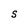
Character: S